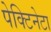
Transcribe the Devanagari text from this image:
पेक्टिनेटा